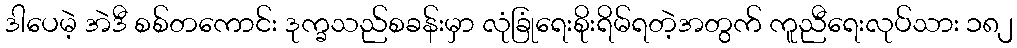
ဒါပေမဲ့ အဲဒီ စစ်တကောင်း ဒုက္ခသည်စခန်းမှာ လုံခြုံရေးစိုးရိမ်ရတဲ့အတွက် ကူညီရေးလုပ်သား ၁၈၂